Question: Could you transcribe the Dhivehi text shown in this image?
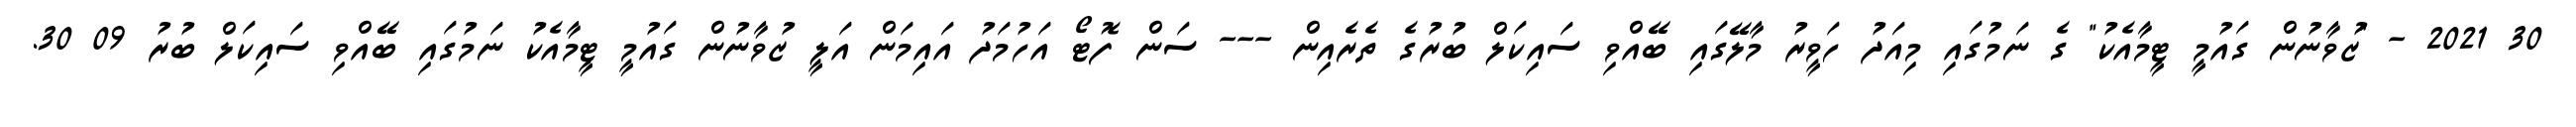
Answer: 30 2021 - "ޒުވާނުން ގައުމީ ޓީމާއެކު" ގެ ނަމުގައި މިއަދު ހަވީރު މާލޭގައި ބޭއްވި ސައިކަލް ބުރުގެ ތެރެއިން --- ސަން ފޮޓޯ އަހުމަދު އައިމަން އަލީ ޒުވާނުން ގައުމީ ޓީމާއެކު ނަމުގައި ބޭއްވި ސައިކަލް ބުރު 09 30.